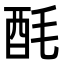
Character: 酕